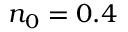
n _ { 0 } = 0 . 4